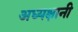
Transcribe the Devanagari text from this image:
अध्यक्षानी